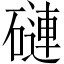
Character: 䃛